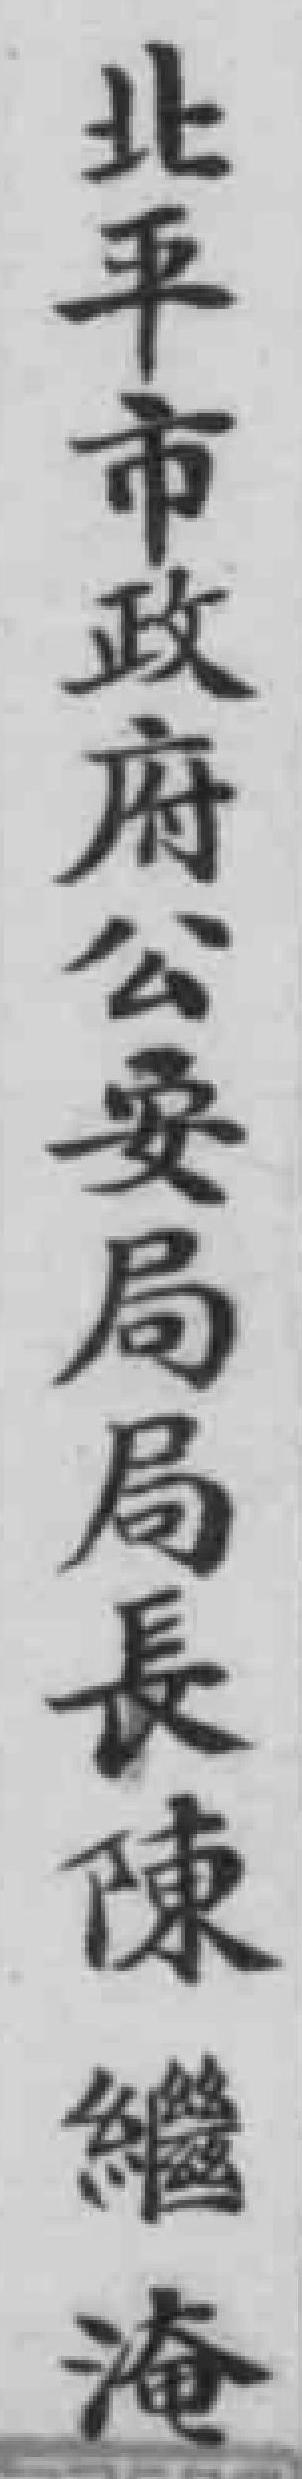
北平市政府公安局局長陳繼淹